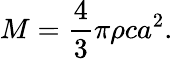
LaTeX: M={\frac{4}{3}}\pi\rho ca^{2}.